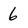
Character: 6